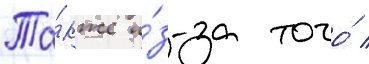
Та́кже и́з-за того́ /